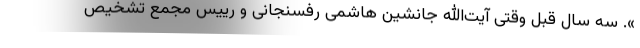
». سه سال قبل وقتی آیت‌الله جانشین هاشمی رفسنجانی و رییس مجمع تشخیص